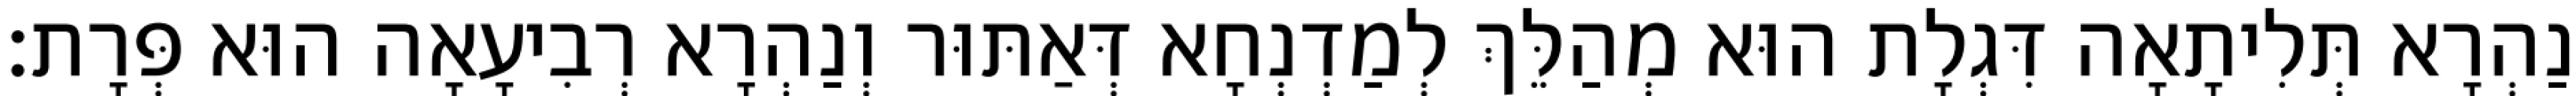
נַהְרָא תְּלִיתָאָה דִּגְלָת הוּא מְהַלֵּךְ לְמַדְנְחָא דְּאַתּוּר וְנַהְרָא רְבִיעָאָה הוּא פְּרָת׃